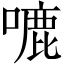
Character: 𭊛